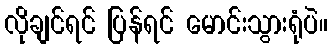
လိုချင်ရင် ပြန်ရင် မောင်းသွားရုံပဲ။